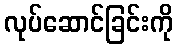
လုပ်ဆောင်ခြင်းကို